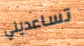
تساعديني